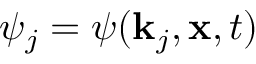
\psi _ { j } = \psi ( \mathbf { k } _ { j } , \mathbf { x } , t )